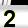
Digit: 2